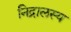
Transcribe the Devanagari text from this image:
निद्रालस्य